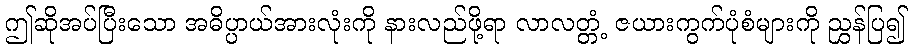
ဤဆိုအပ်ပြီးသော အဓိပ္ပာယ်အားလုံးကို နားလည်ဖို့ရာ လာလတ္တံ့ ဇယားကွက်ပုံစံများကို ညွှန်ပြ၍